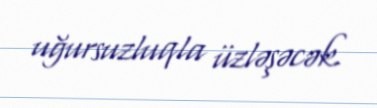
uğursuzluqla üzləşəcək.